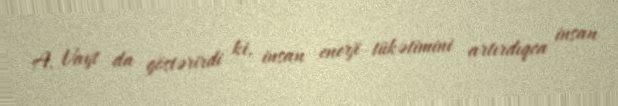
A. Vayt da göstərirdi ki, insan enerji tükətimini artırdıqca insan